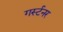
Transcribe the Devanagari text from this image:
गर्स्टनर